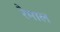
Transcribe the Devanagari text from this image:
रैमाल